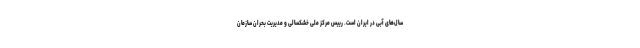
سال‌های آبی در ایران است. رییس مرکز ملی خشکسالی و مدیریت بحران سازمان